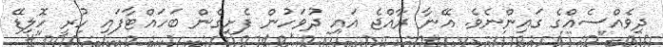
ދިވެއްސެއްގެ ގައިންނެވެ. އޭނާ ރާއްޖެ އައި ދުވަހުން ފެށިގެން ބަހައްޓާފައި ހުރީ ހޮލިޑޭ